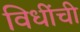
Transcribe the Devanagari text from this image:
विधींची